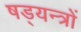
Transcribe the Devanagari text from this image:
षड्‍यन्त्रों